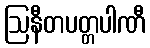
ဩနီတပတ္တပါဏီ